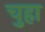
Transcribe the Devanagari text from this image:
चुहा